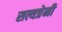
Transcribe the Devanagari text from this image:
सत्यप्रेमी